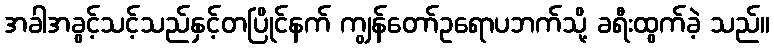
အခါအခွင့်သင့်သည်နှင့်တပြိုင်နက် ကျွန်တော်ဥရောပဘက်သို့ ခရီးထွက်ခဲ့ သည်။